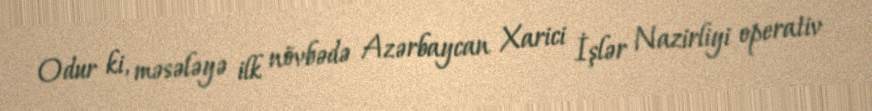
Odur ki, məsələyə ilk növbədə Azərbaycan Xarici İşlər Nazirliyi operativ